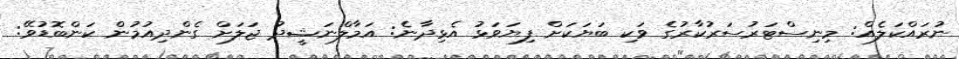
ނުރައްކަލެއް: މިނިސްޓަރުސަރުކާރުގެ ވަކި ބަޔަކަށް ފިޔަވަޅު އެޅިދާނެ: އަމާލްނަޝީދު ޖަލަށް ގެންދިއުމުން ކަންބޮޑުވޭ: